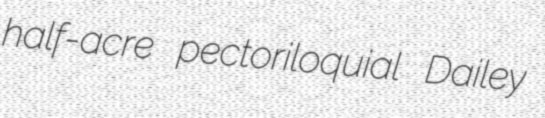
half-acre pectoriloquial Dailey